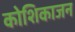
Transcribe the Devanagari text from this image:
कोशिकाजन